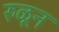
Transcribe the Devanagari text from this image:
रुळून